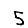
Digit: 5